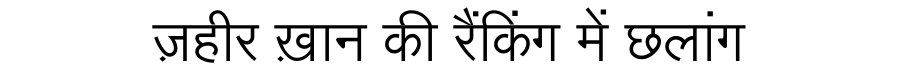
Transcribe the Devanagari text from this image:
ज़हीर ख़ान की रैंकिंग में छलांग